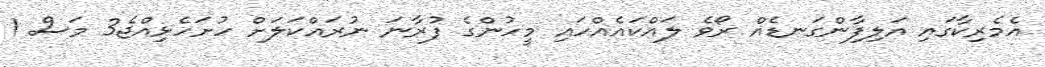
އެމެރިކާގައި އަލިފާންގަނޑެއް ރޯވެ ލައްކައެއްހައި މީހުންގެ ފުރާނަ ނުރައްކަލަށް ހުށަހެޅިއްޖެ3 މަސް 1